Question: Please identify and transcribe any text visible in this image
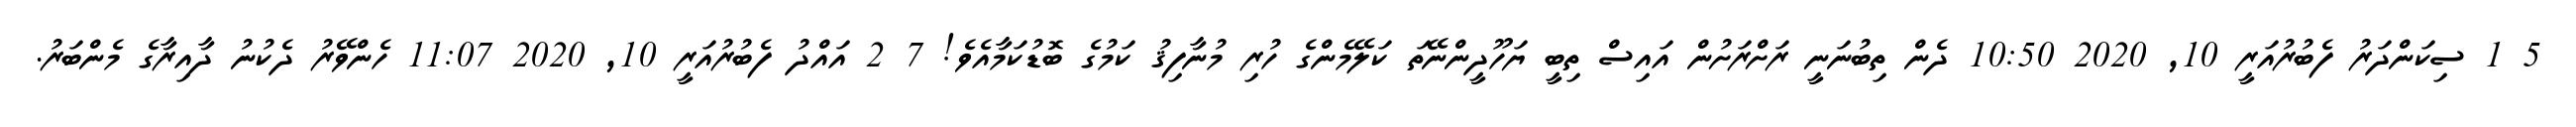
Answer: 5 1 ސިކަންދަރު ފެބުރުއަރީ 10, 2020 10:50 ދެން ތިބުނަނީ ރަށްރަށުން އައިސް ތިބީ ޔަހޫދީންނޭތަ ކަލޭމެންގެ ހުރި މުނާފިޤު ކަމުގެ ބޮޑުކަމާއެވެ! 7 2 އައްދު ފެބުރުއަރީ 10, 2020 11:07 ހެންވޭރު ދެކުނު ދާއިރާގެ މެންބަރު.